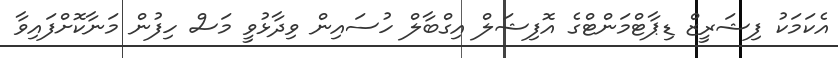
އެކަމަކު ފިޝަރީޒް ޑިޕާޓްމަންޓްގެ އޮފިޝަލް އިގްބާލް ހުސައިން ވިދާޅުވީ މަސް ހިފުން މަނާކޮށްފައިވާ